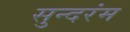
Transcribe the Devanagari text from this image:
सुन्दरंम